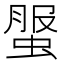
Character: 𧌘